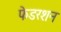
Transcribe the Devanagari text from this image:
फेडरशन